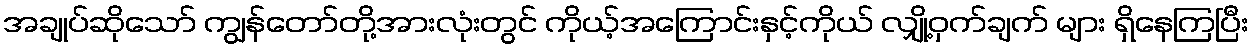
အချုပ်ဆိုသော် ကျွန်တော်တို့အားလုံးတွင် ကိုယ့်အကြောင်းနှင့်ကိုယ် လျှို့ဝှက်ချက် များ ရှိနေကြပြီး